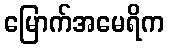
မြောက်အမေရိက